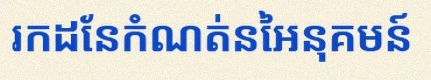
រកដែនកំណត់នៃអនុគមន៍